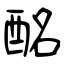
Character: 酩